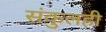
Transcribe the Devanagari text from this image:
संकुलही